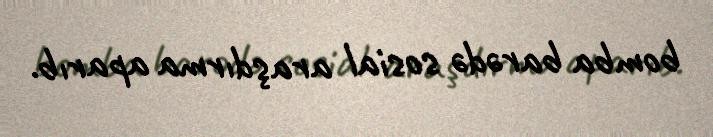
bomba barədə sosial araşdırma aparıb.